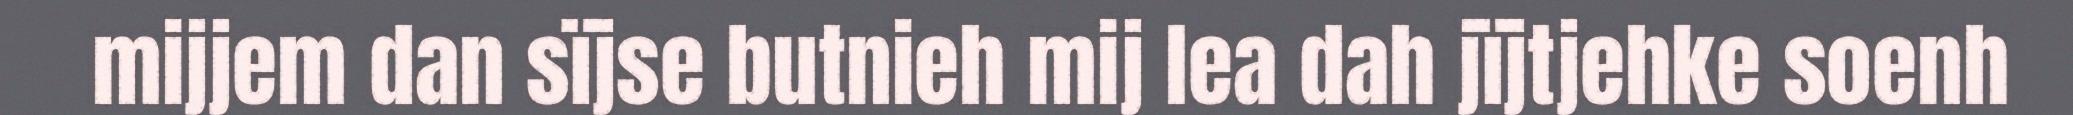
mijjem dan sïjse butnieh mij lea dah jïjtjehke soenh